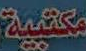
مكتبية